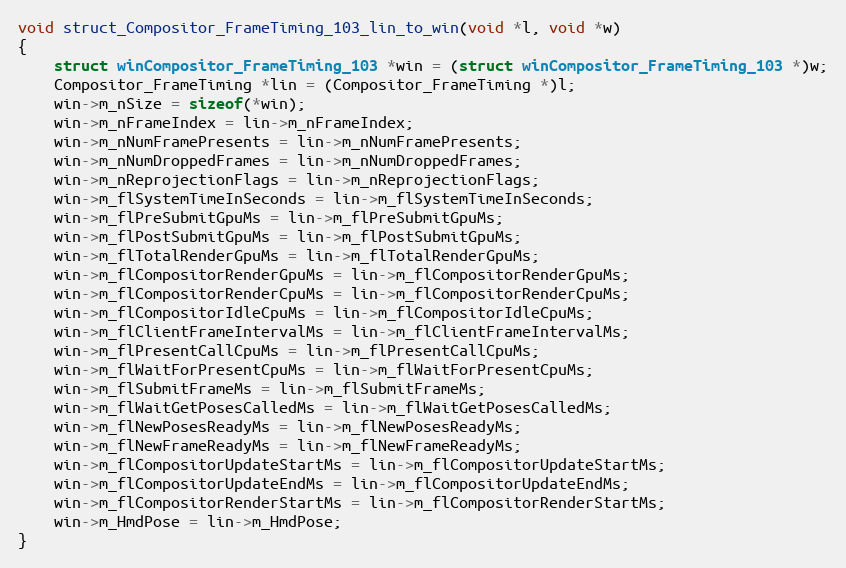
Language: C++
void struct_Compositor_FrameTiming_103_lin_to_win(void *l, void *w)
{
    struct winCompositor_FrameTiming_103 *win = (struct winCompositor_FrameTiming_103 *)w;
    Compositor_FrameTiming *lin = (Compositor_FrameTiming *)l;
    win->m_nSize = sizeof(*win);
    win->m_nFrameIndex = lin->m_nFrameIndex;
    win->m_nNumFramePresents = lin->m_nNumFramePresents;
    win->m_nNumDroppedFrames = lin->m_nNumDroppedFrames;
    win->m_nReprojectionFlags = lin->m_nReprojectionFlags;
    win->m_flSystemTimeInSeconds = lin->m_flSystemTimeInSeconds;
    win->m_flPreSubmitGpuMs = lin->m_flPreSubmitGpuMs;
    win->m_flPostSubmitGpuMs = lin->m_flPostSubmitGpuMs;
    win->m_flTotalRenderGpuMs = lin->m_flTotalRenderGpuMs;
    win->m_flCompositorRenderGpuMs = lin->m_flCompositorRenderGpuMs;
    win->m_flCompositorRenderCpuMs = lin->m_flCompositorRenderCpuMs;
    win->m_flCompositorIdleCpuMs = lin->m_flCompositorIdleCpuMs;
    win->m_flClientFrameIntervalMs = lin->m_flClientFrameIntervalMs;
    win->m_flPresentCallCpuMs = lin->m_flPresentCallCpuMs;
    win->m_flWaitForPresentCpuMs = lin->m_flWaitForPresentCpuMs;
    win->m_flSubmitFrameMs = lin->m_flSubmitFrameMs;
    win->m_flWaitGetPosesCalledMs = lin->m_flWaitGetPosesCalledMs;
    win->m_flNewPosesReadyMs = lin->m_flNewPosesReadyMs;
    win->m_flNewFrameReadyMs = lin->m_flNewFrameReadyMs;
    win->m_flCompositorUpdateStartMs = lin->m_flCompositorUpdateStartMs;
    win->m_flCompositorUpdateEndMs = lin->m_flCompositorUpdateEndMs;
    win->m_flCompositorRenderStartMs = lin->m_flCompositorRenderStartMs;
    win->m_HmdPose = lin->m_HmdPose;
}